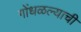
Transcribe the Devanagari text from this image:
गोंधळल्याची